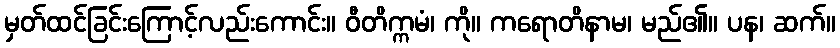
မှတ်ထင်ခြင်းကြောင့်လည်းကောင်း။ ဝီတိက္ကမံ၊ ကို။ ကရောတိနာမ၊ မည်၏။ ပန၊ ဆက်။